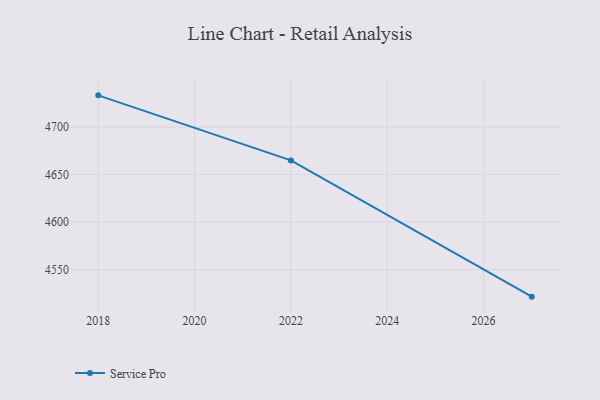
{"axis": {"x": "Year", "y": "Website Visitors"}, "legend": ["Service Pro"], "data": [{"x": "2027", "y": 4521.7, "type": "Service Pro"}, {"x": "2022", "y": 4664.9, "type": "Service Pro"}, {"x": "2018", "y": 4733.3, "type": "Service Pro"}]}